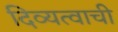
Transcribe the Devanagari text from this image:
दिव्यत्वाची